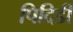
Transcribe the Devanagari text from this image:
पिदिडी